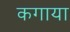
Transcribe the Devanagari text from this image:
कगाया